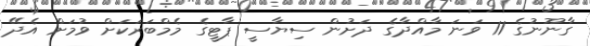
ގާނޫނުގެ 11 ވަނަ މާއްދާގެ ދަށުން ސިޔާސީ ޕާޓީގެ މެމްބަރަކަށް ވުމަށް އެދޭ